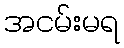
အငမ်းမရ